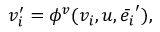
v _ { i } ^ { \prime } = \phi ^ { v } ( v _ { i } , u , \Bar { e _ { i } } ^ { \prime } ) ,